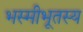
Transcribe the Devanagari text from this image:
भस्मीभूतस्य